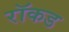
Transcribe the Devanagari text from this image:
रॉकड